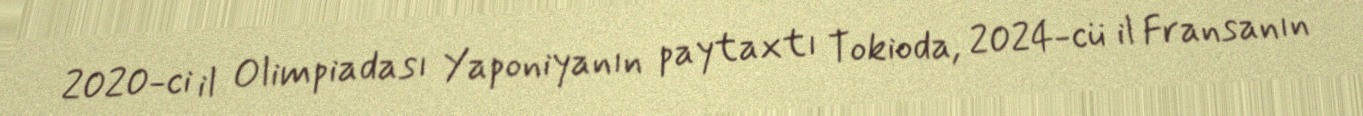
2020-ci il Olimpiadası Yaponiyanın paytaxtı Tokioda, 2024-cü il Fransanın